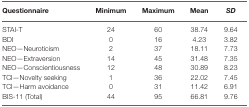
<table><thead><tr><td><b>Questionnaire</b></td><td><b>Minimum</b></td><td><b>Maximum</b></td><td><b>Mean</b></td><td><b><i>SD</i></b></td></tr></thead><tbody><tr><td>STAI-T</td><td>24</td><td>60</td><td>38.74</td><td>9.64</td></tr><tr><td>BDI</td><td>0</td><td>16</td><td>4.23</td><td>3.82</td></tr><tr><td>NEO—Neuroticism</td><td>2</td><td>37</td><td>18.11</td><td>7.73</td></tr><tr><td>NEO—Extraversion</td><td>14</td><td>45</td><td>31.48</td><td>7.35</td></tr><tr><td>NEO—Conscientiousness</td><td>12</td><td>48</td><td>30.89</td><td>8.23</td></tr><tr><td>TCI—Novelty seeking</td><td>1</td><td>36</td><td>22.02</td><td>7.45</td></tr><tr><td>TCI—Harm avoidance</td><td>0</td><td>31</td><td>11.42</td><td>6.91</td></tr><tr><td>BIS-11 (Total)</td><td>44</td><td>95</td><td>66.81</td><td>9.76</td></tr></tbody></table>